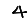
Digit: 4